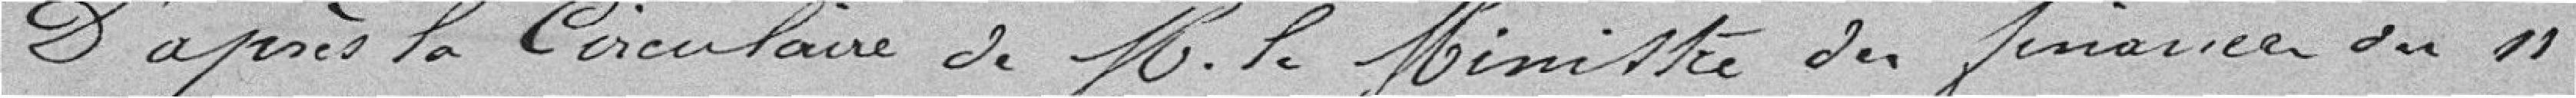
D'après la circulaire de M. le Ministre des finances du 11